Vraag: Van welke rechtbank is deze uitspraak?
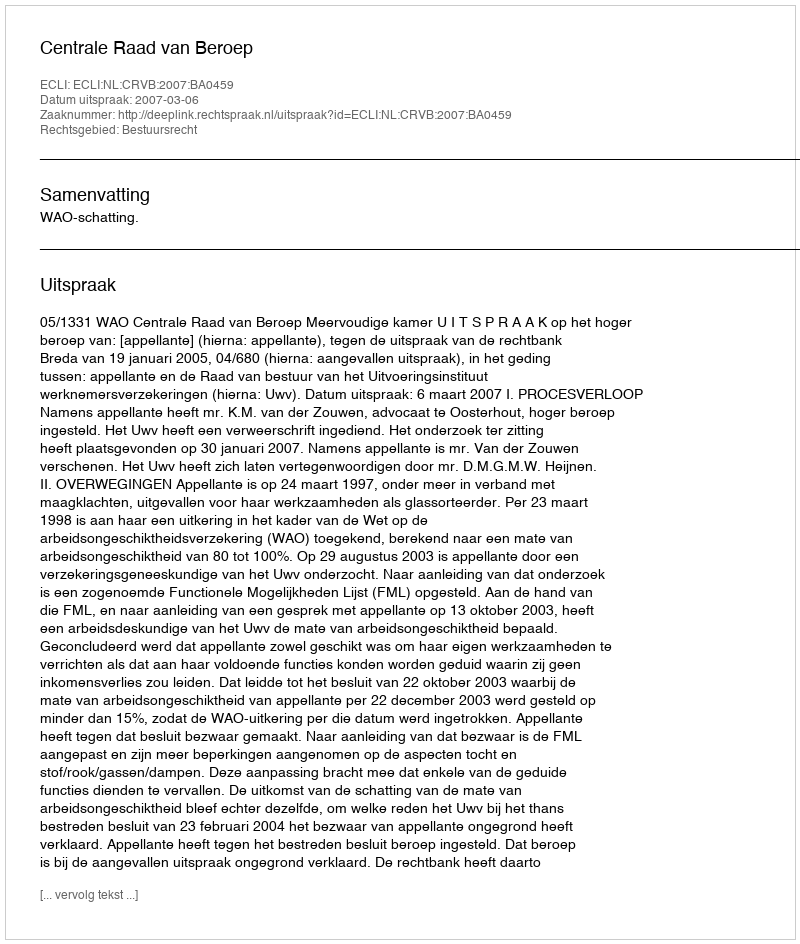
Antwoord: Centrale Raad van Beroep